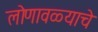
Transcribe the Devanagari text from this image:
लोणावळ्याचे